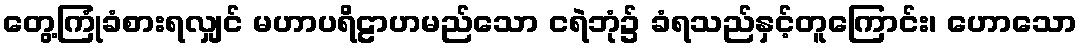
တွေ့ကြုံခံစားရလျှင် မဟာပရိဠာဟမည်သော ငရဲဘုံ၌ ခံရသည်နှင့်တူကြောင်း၊ ဟောသော